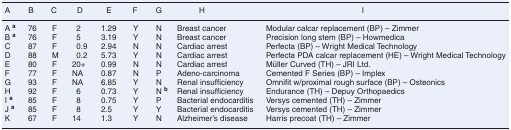
| A | B | C | D | E | F | G | H | I |
 | --- | --- | --- | --- | --- | --- | --- | --- | --- |
 | A a | 76 | F | 2 | 1.29 | Y | N | Breast cancer | Modular calcar replacement (BP) – Zimmer |
 | B a | 76 | F | 5 | 3.19 | Y | N | Breast cancer | Precision long stem (BP) – Howmedica |
 | C | 87 | F | 0.9 | 2.94 | N | N | Cardiac arrest | Perfecta (BP) – Wright Medical Technology |
 | D | 88 | M | 0.2 | 5.73 | Y | N | Cardiac arrest | Perfecta PDA calcar replacement (HE) – Wright Medical Technology |
 | E | 80 | F | 20+ | 0.99 | N | N | Cardiac arrest | Müller Curved (TH) – JRI Ltd. |
 | F | 77 | F | NA | 0.87 | N | P | Adeno-carcinoma | Cemented F Series (BP) – Implex |
 | G | 93 | F | NA | 6.85 | Y | N | Renal insufficiency | Omnifit w/proximal rough surface (BP) – Osteonics |
 | H | 92 | F | 6 | 0.73 | Y | N b | Renal insufficiency | Endurance (TH) – Depuy Orthopaedics |
 | I a | 85 | F | 8 | 0.75 | Y | P | Bacterial endocarditis | Versys cemented (TH) – Zimmer |
 | J a | 85 | F | 8 | 2.5 | Y | Y | Bacterial endocarditis | Versys cemented (TH) – Zimmer |
 | K | 67 | F | 14 | 1.3 | Y | N | Alzheimer’s disease | Harris precoat (TH) – Zimmer |